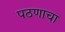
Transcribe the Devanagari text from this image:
पठणाचा